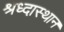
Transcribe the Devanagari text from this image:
श्रध्दास्थान